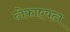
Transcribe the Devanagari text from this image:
ढोकाएवढा